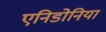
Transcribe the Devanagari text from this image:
एनिडोनिया